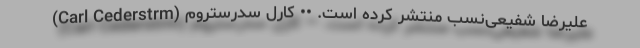
علیرضا شفیعی‌نسب منتشر کرده است. •• کارل سدرستروم (Carl Cederstrm)